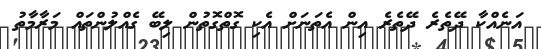
އަނެއްކާ ދޭތެރެ ދޭތެރެ އިން އެތަނަށް އެކި ގޮތްގޮތުން ލިބޭ ގެއްލުންތައް މަރާމާތު